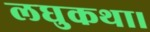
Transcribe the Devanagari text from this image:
लघुकथा।